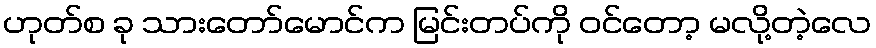
ဟုတ်စ ခု သားတော်မောင်က မြင်းတပ်ကို ဝင်တော့ မလို့တဲ့လေ